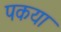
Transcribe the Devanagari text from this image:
पकया